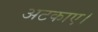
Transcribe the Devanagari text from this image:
अटकाए।